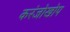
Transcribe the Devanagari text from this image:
करंजोखोप